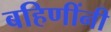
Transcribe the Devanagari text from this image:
बहिणींनी